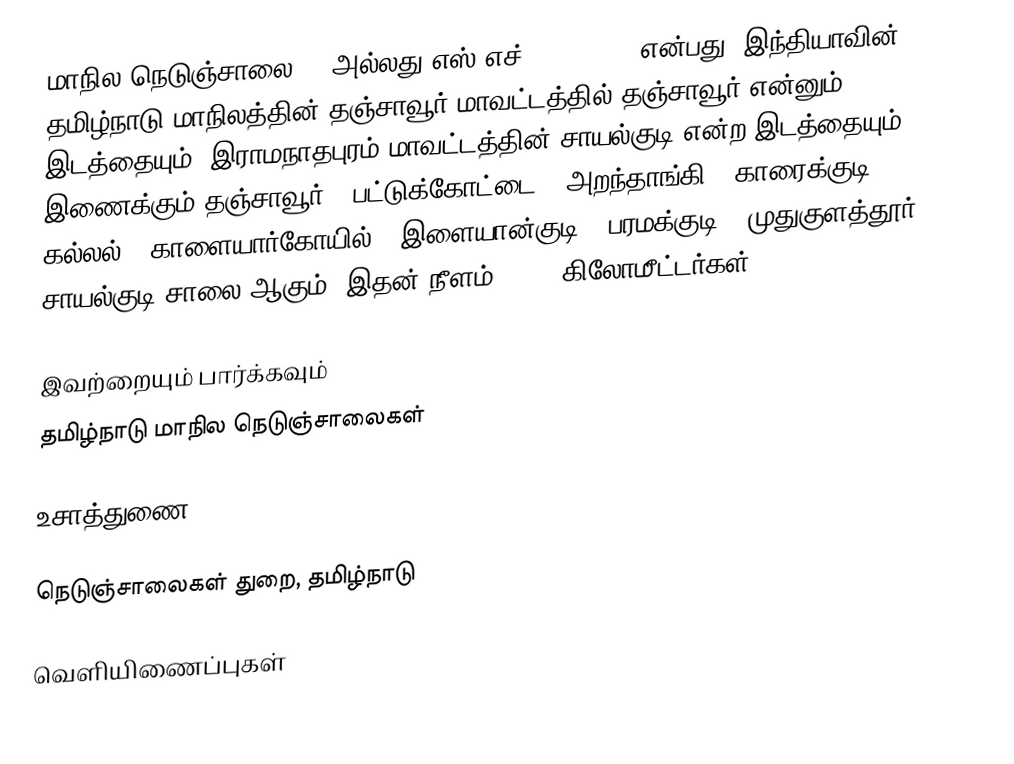
மாநில நெடுஞ்சாலை 28 அல்லது எஸ்.எச்-28 (SH 28) என்பது, இந்தியாவின் தமிழ்நாடு மாநிலத்தின் தஞ்சாவூர் மாவட்டத்தில் தஞ்சாவூர் என்னும் இடத்தையும், இராமநாதபுரம் மாவட்டத்தின் சாயல்குடி என்ற இடத்தையும் இணைக்கும் தஞ்சாவூர் - பட்டுக்கோட்டை - அறந்தாங்கி - காரைக்குடி - கல்லல் - காளையார்கோயில் - இளையான்குடி - பரமக்குடி - முதுகுளத்தூர் - சாயல்குடி சாலை ஆகும். இதன் நீளம் 248.2  கிலோமீட்டர்கள் .

இவற்றையும் பார்க்கவும்
 தமிழ்நாடு மாநில நெடுஞ்சாலைகள்

உசாத்துணை

 நெடுஞ்சாலைகள் துறை, தமிழ்நாடு

வெளியிணைப்புகள்